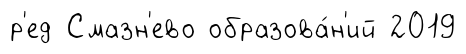
р'ед Смазн'ево образова́н'ий 2019